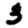
Digit: 3